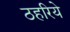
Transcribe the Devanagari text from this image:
ठहरिये